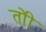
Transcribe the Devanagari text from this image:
तोी